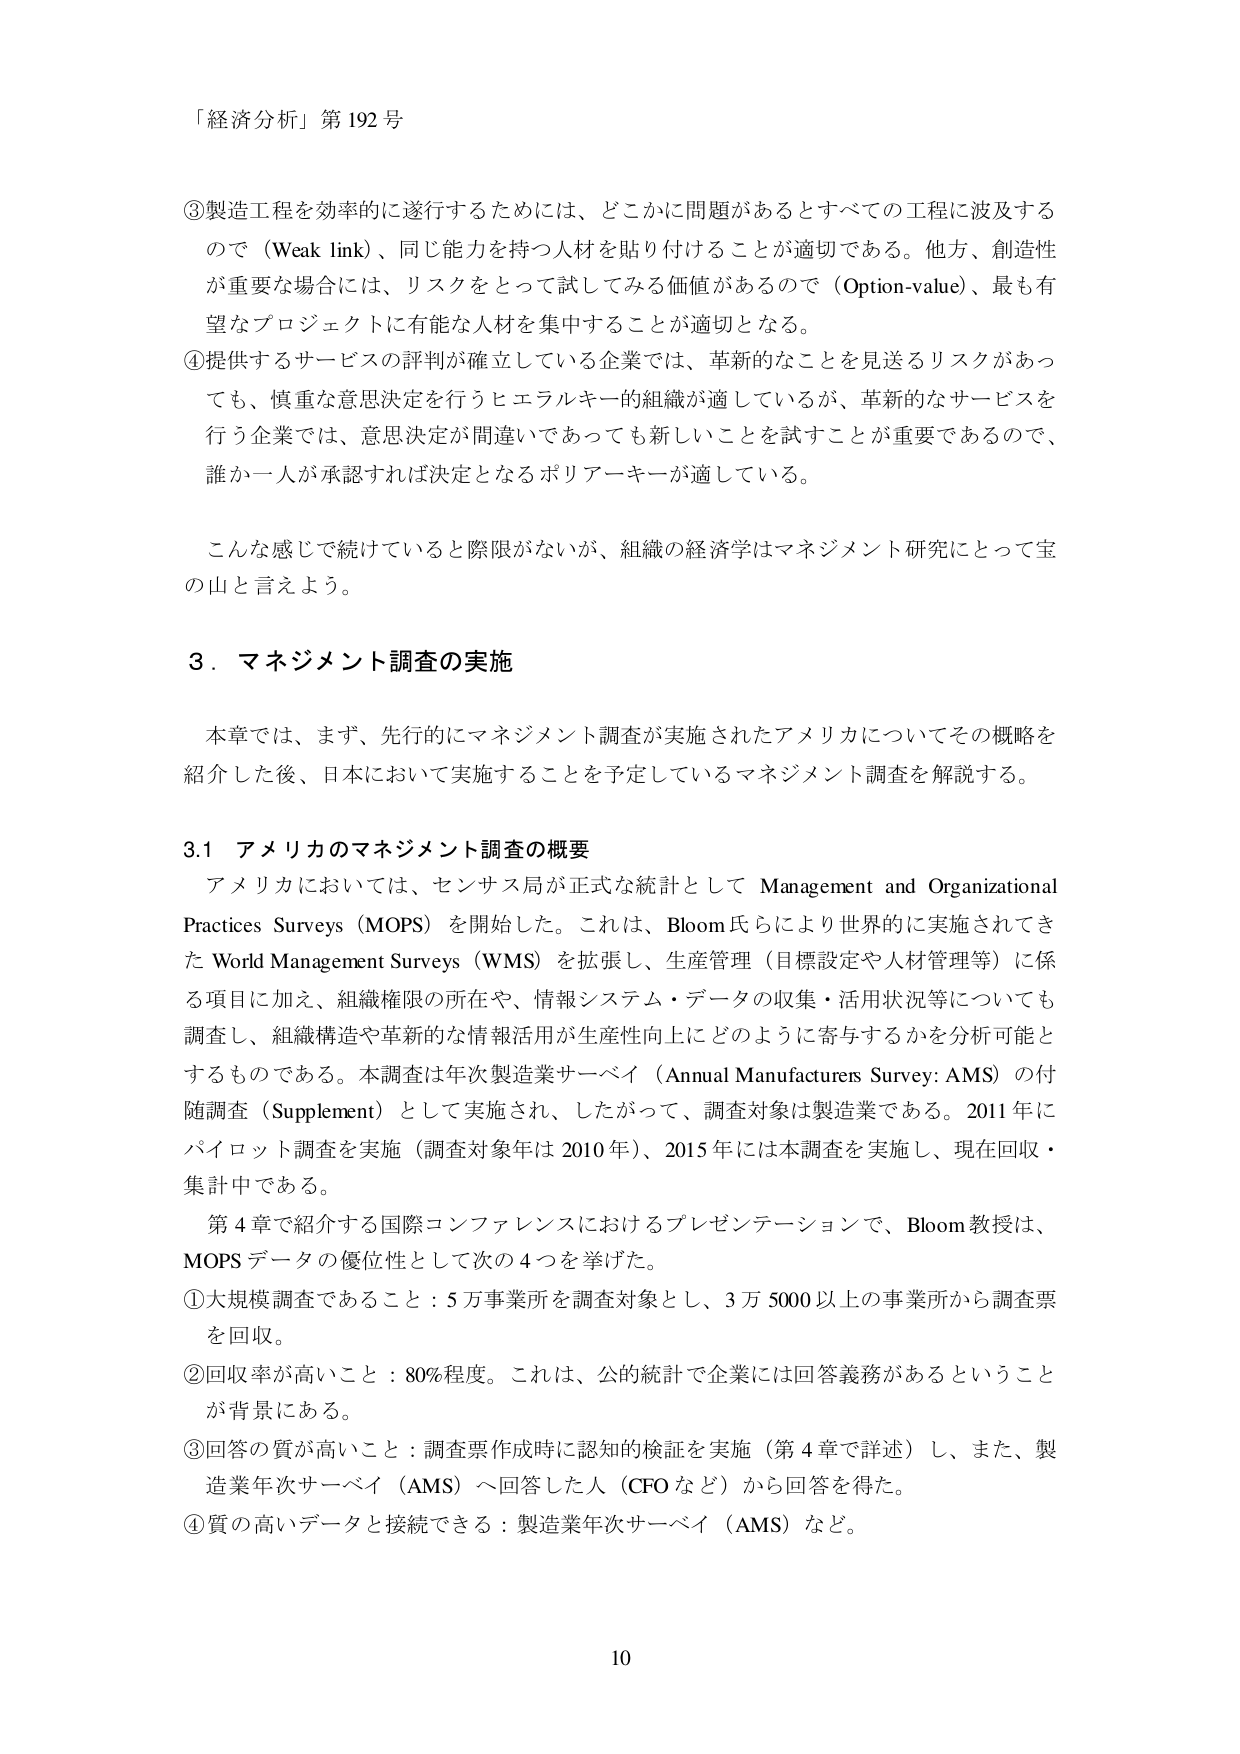
「経済分析」第192号

③製造工程を効率的に遂行するためには、どこかに問題があるとすべての工程に波及するので（Weak link）、同じ能力を持つ人材を貼り付けることが適切である。他方、創造性が重要な場合には、リスクをとって試してみる価値があるので（Option-value）、最も有望なプロジェクトに有能な人材を集中することが適切となる。

④提供するサービスの評判が確立している企業では、革新的なことを見送るリスクがあっても、慎重な意思決定を行うヒエラルキー的組織が適しているが、革新的なサービスを行う企業では、意思決定が間違いであっても新しいことを試すことが重要であるので、誰か一人が承認すれば決定となるポリアーキーが適している。

こんな感じで続けていくと際限がないが、組織の経済学はマネジメント研究にとって宝の山と言えよう。

3．マネジメント調査の実施

本章では、まず、先行的にマネジメント調査が実施されたアメリカについてその概略を紹介した後、日本において実施することを予定しているマネジメント調査を解説する。

3.1 アメリカのマネジメント調査の概要

アメリカにおいては、センサス局が正式な統計として Management and Organizational Practices Surveys（MOPS）を開始した。これは、Bloom氏らにより世界的に実施されてきた World Management Surveys（WMS）を拡張し、生産管理（目標設定や人材管理等）に係る項目に加え、組織権限の所在や、情報システム・データの収集・活用状況等についても調査し、組織構造や革新的な情報活用が生産性向上にどのように寄与するかを分析可能とするものである。本調査は年次製造業サーベイ（Annual Manufacturers Survey: AMS）の付随調査（Supplement）として実施され、したがって、調査対象は製造業である。2011年にパイロット調査を実施（調査対象年は2010年）、2015年には本調査を実施し、現在回収・集計中である。

第4章で紹介する国際コンファレンスにおけるプレゼンテーションで、Bloom教授は、MOPSデータの優位性として次の4つを挙げた。

①大規模調査であること：5万事業所を調査対象とし、3万5000以上の事業所から調査票を回収。

②回収率が高いこと：80％程度。これは、公的統計で企業には回答義務があるということが背景にある。

③回答の質が高いこと：調査票作成時に認知的検証を実施（第4章で詳述）し、また、製造業年次サーベイ（AMS）へ回答した人（CFOなど）から回答を得た。

④質の高いデータと接続できる：製造業年次サーベイ（AMS）など。

10